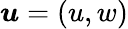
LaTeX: \boldsymbol{u}=(u,w)